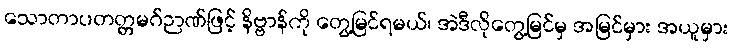
သောတာပတတ္တမဂ်ဉာဏ်ဖြင့် နိဗ္ဗာန်ကို တွေ့မြင်ရမယ်၊ အဲဒီလိုတွေ့မြင်မှ အမြင်မှား အယူမှား